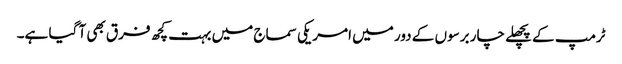
ٹرمپ کے پچھلے چار برسوں کے دور میں امریکی سماج میں بہت کچھ فرق بھی آ گیا ہے۔